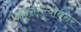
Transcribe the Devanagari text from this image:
अनुसरल्यानंतर